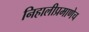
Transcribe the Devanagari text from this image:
निहालीप्रमाणेच